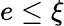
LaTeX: e\leq\xi